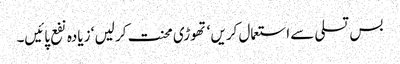
بس تسلی سے استعمال کریں ‘ تھوڑی محنت کر لیں ‘ زیادہ نفع پائیں۔